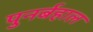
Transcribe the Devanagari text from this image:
पुनर्बहाल